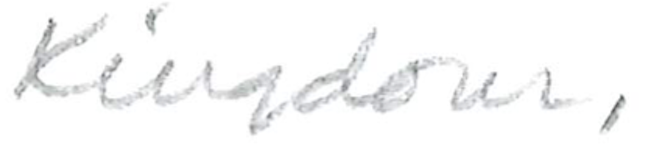
Text: Kingdom,
Cross-out: clean
Writing tool: pencil